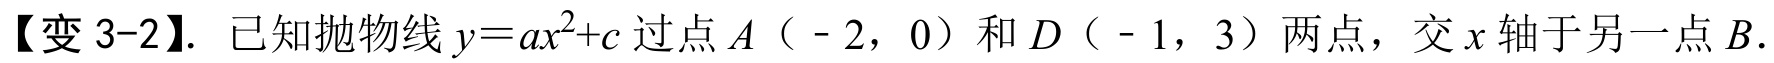
【变 3-2】. 已知抛物线 \(y = ax^{2}+c\) 过点 \(A（ - 2，0）\) 和 \(D（ - 1，3）\) 两点，交 \(x\) 轴于另一点 \(B\).